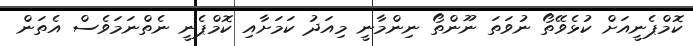
ކޮމްޕެނީއަށް ކުޅެވޭތޯ ނުވަތަ ނޫންތޯ ނިންމާނީ މިއަދު ކަމަށާއި ކޮމްޕެނީ ނެތްނަމަވެސް އެތަން